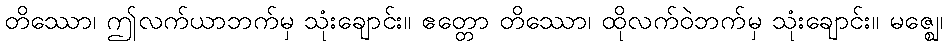
တိဿော၊ ဤလက်ယာဘက်မှ သုံးချောင်း။ ဧတ္တော တိဿော၊ ထိုလက်ဝဲဘက်မှ သုံးချောင်း။ မဇ္ဈေ၊